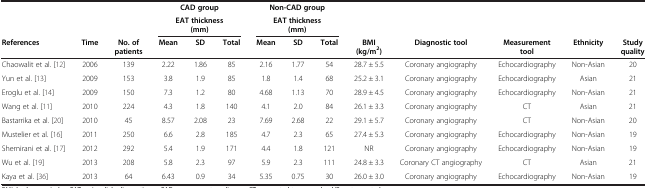
<table><thead><tr><td><b> </b></td><td><b> </b></td><td><b> </b></td><td colspan="3"><b>CAD group</b></td><td colspan="3"><b>Non-CAD group</b></td><td><b> </b></td><td><b> </b></td><td><b> </b></td><td><b> </b></td><td><b> </b></td></tr><tr><td><b> </b></td><td><b> </b></td><td><b> </b></td><td colspan="3"><b>EAT thickness (mm)</b></td><td colspan="3"><b>EAT thickness (mm)</b></td><td><b> </b></td><td><b> </b></td><td><b> </b></td><td><b> </b></td><td><b> </b></td></tr><tr><td><b>References</b></td><td><b>Time</b></td><td><b>No. of patients</b></td><td><b>Mean</b></td><td><b>SD</b></td><td><b>Total</b></td><td><b>Mean</b></td><td><b>SD</b></td><td><b>Total</b></td><td><b>BMI (kg/m<sup>2</sup>)</b></td><td><b>Diagnostic tool</b></td><td><b>Measurement tool</b></td><td><b>Ethnicity</b></td><td><b>Study quality</b></td></tr></thead><tbody><tr><td>Chaowalit et al. [12]</td><td>2006</td><td>139</td><td>2.22</td><td>1.86</td><td>85</td><td>2.16</td><td>1.77</td><td>54</td><td>28.7 ± 5.5</td><td>Coronary angiography</td><td>Echocardiography</td><td>Non-Asian</td><td>20</td></tr><tr><td>Yun et al. [13]</td><td>2009</td><td>153</td><td>3.8</td><td>1.9</td><td>85</td><td>1.8</td><td>1.4</td><td>68</td><td>25.2 ± 3.1</td><td>Coronary angiography</td><td>Echocardiography</td><td>Asian</td><td>21</td></tr><tr><td>Eroglu et al. [14]</td><td>2009</td><td>150</td><td>7.3</td><td>1.2</td><td>80</td><td>4.68</td><td>1.13</td><td>70</td><td>28.9 ± 4.5</td><td>Coronary angiography</td><td>Echocardiography</td><td>Non-Asian</td><td>21</td></tr><tr><td>Wang et al. [11]</td><td>2010</td><td>224</td><td>4.3</td><td>1.8</td><td>140</td><td>4.1</td><td>2.0</td><td>84</td><td>26.1 ± 3.3</td><td>Coronary angiography</td><td>CT</td><td>Asian</td><td>21</td></tr><tr><td>Bastarrika et al. [20]</td><td>2010</td><td>45</td><td>8.57</td><td>2.08</td><td>23</td><td>7.69</td><td>2.68</td><td>22</td><td>29.1 ± 5.7</td><td>Coronary angiography</td><td>CT</td><td>Non-Asian</td><td>20</td></tr><tr><td>Mustelier et al. [16]</td><td>2011</td><td>250</td><td>6.6</td><td>2.8</td><td>185</td><td>4.7</td><td>2.3</td><td>65</td><td>27.4 ± 5.3</td><td>Coronary angiography</td><td>Echocardiography</td><td>Non-Asian</td><td>19</td></tr><tr><td>Shemirani et al. [17]</td><td>2012</td><td>292</td><td>5.4</td><td>1.9</td><td>171</td><td>4.4</td><td>1.8</td><td>121</td><td>NR</td><td>Coronary angiography</td><td>Echocardiography</td><td>Non-Asian</td><td>19</td></tr><tr><td>Wu et al. [19]</td><td>2013</td><td>208</td><td>5.8</td><td>2.3</td><td>97</td><td>5.9</td><td>2.3</td><td>111</td><td>24.8 ± 3.3</td><td>Coronary CT angiography</td><td>CT</td><td>Asian</td><td>21</td></tr><tr><td>Kaya et al. [36]</td><td>2013</td><td>64</td><td>6.43</td><td>0.9</td><td>34</td><td>5.35</td><td>0.75</td><td>30</td><td>26.0 ± 3.0</td><td>Coronary angiography</td><td>Echocardiography</td><td>Non-Asian</td><td>19</td></tr></tbody></table>